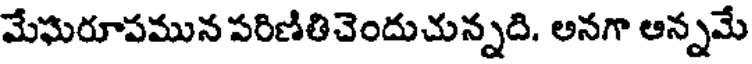
మేఘరూపమున పరిణితిచెందుచున్నది. అనగా ఆన్నమే